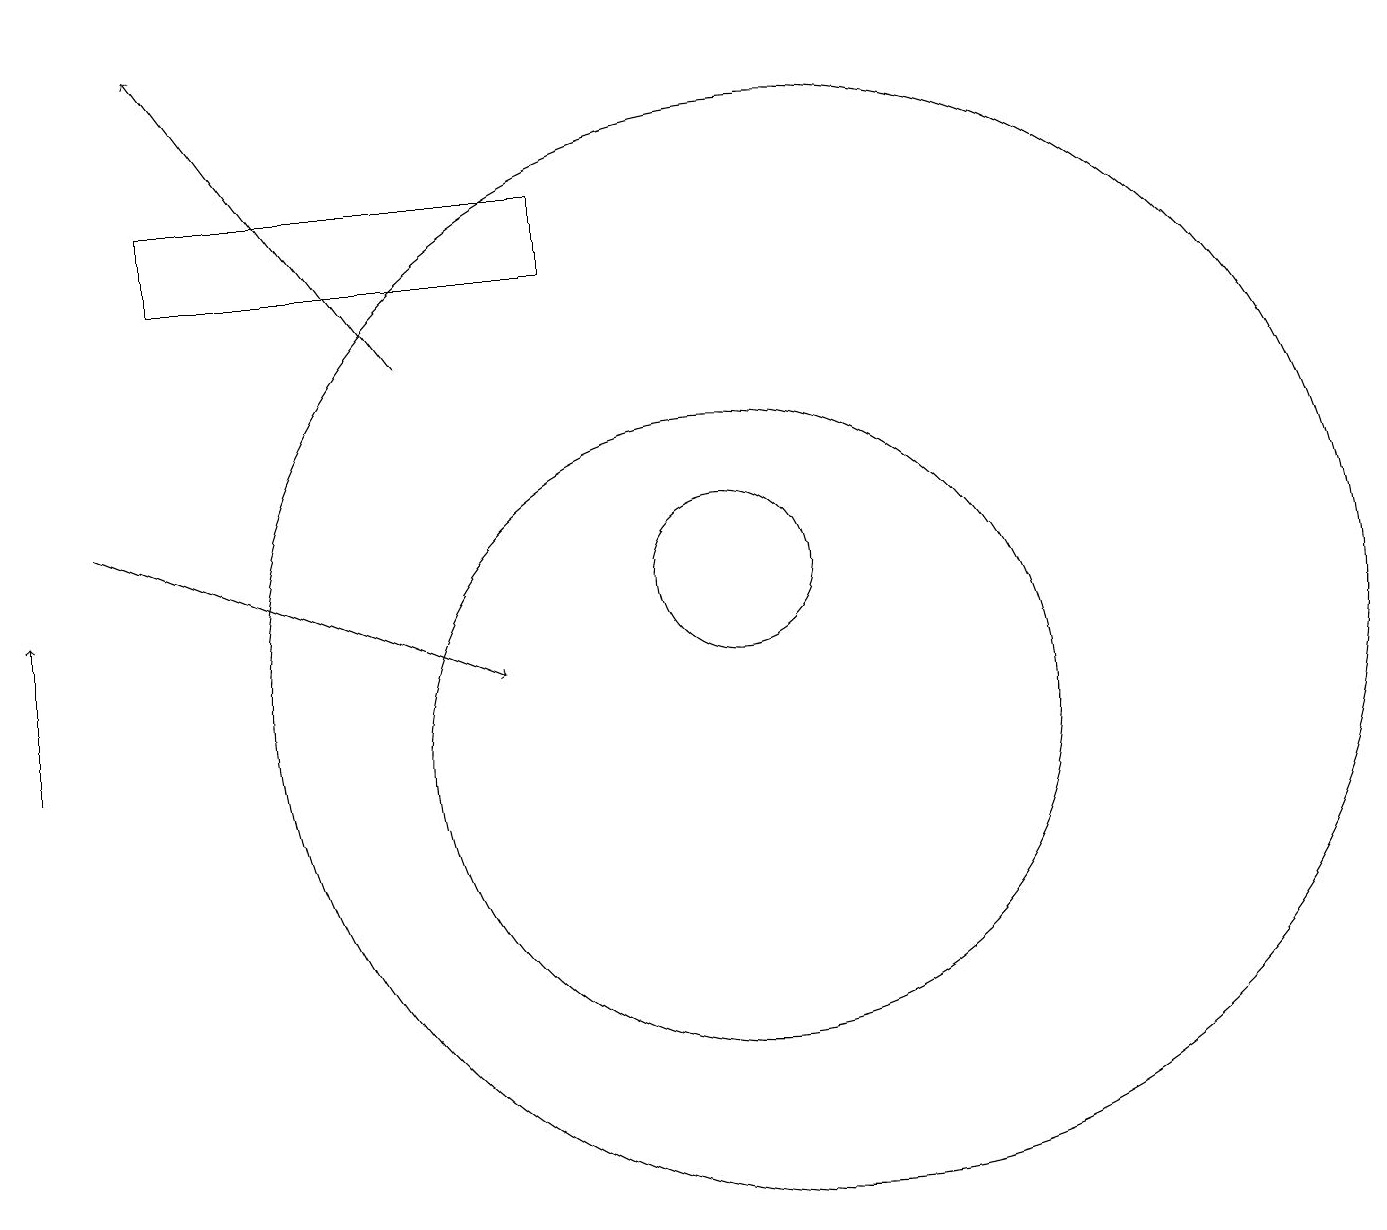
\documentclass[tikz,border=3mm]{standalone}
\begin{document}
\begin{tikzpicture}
\draw (10,12) circle (1);
\draw[->] (6,15) -- (3,19);
\draw[->] (1,10) -- (1,12);
\draw (10,10) circle (4);
\draw (11,11) circle (7);
\draw[->] (2,13) -- (7,11);
\draw (8,16) rectangle (3,17);
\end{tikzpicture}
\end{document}